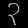
Digit: ၃